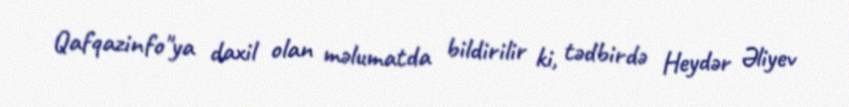
Qafqazinfo"ya daxil olan məlumatda bildirilir ki, tədbirdə Heydər Əliyev